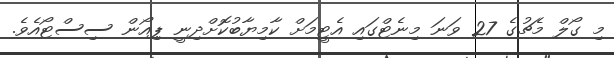
މި ގޯލް މެޗުގެ 27 ވަނަ މިނެޓްގައި އެޓީމަށް ކާމިޔާބުކޮށްދިނީ ޕިއޯން ސިސްޓޯއެވެ.